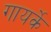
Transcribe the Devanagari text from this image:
गायर्के